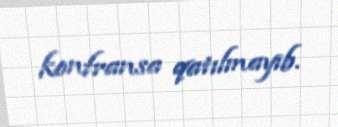
konfransa qatılmayıb.